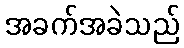
အခက်အခဲသည်